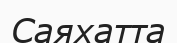
Саяхатта